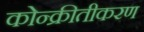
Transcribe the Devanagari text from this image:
कोन्क्रीतीकरण